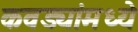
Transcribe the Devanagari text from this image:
कवड्यांमध्ये